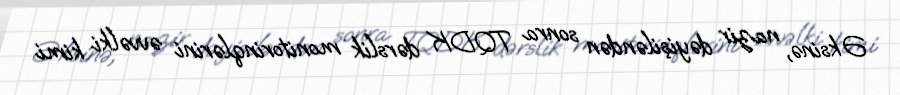
Əksinə, nazir dəyişiləndən sonra TQDK dərslik monitorinqlərini əvvəlki kimi